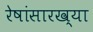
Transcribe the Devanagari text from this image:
रेषांसारख्या